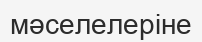
мәселелеріне